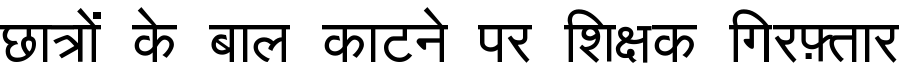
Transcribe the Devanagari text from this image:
छात्रों के बाल काटने पर शिक्षक गिरफ़्तार